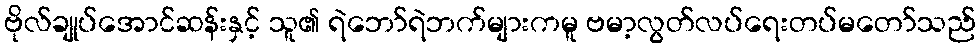
ဗိုလ်ချုပ်အောင်ဆန်းနှင့် သူ၏ ရဲဘော်ရဲဘက်များကမူ ဗမာ့လွတ်လပ်ရေးတပ်မတော်သည်